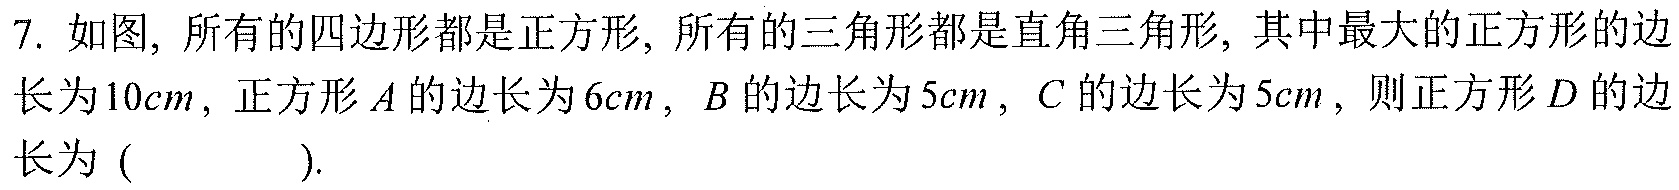
7. 如图, 所有的四边形都是正方形, 所有的三角形都是直角三角形, 其中最大的正方形的边长为\(10cm\)，正方形\(A\)的边长为\(6cm\)，\(B\)的边长为\(5cm\)，\(C\)的边长为\(5cm\)，则正方形\(D\)的边长为 (\ \ \ \ \ \ \ ).